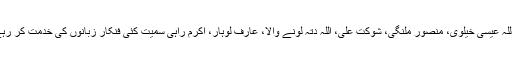
عطاء اللہ عیسیٰ خیلوی، منصور ملنگی، شوکت علی، اللہ دتہ لونے والا، عارف لوہار، اکرم راہی سمیت کئی فنکار زبانوں کی خدمت کر رہے ہیں۔